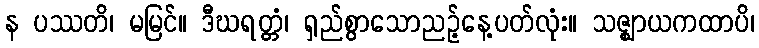
န ပဿတိ၊ မမြင်။ ဒီဃရတ္တံ၊ ရှည်စွာသောညဉ့်နေ့ပတ်လုံး။ သဇ္ဈာယကထာပိ၊